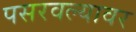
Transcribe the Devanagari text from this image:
पसरवल्यावर